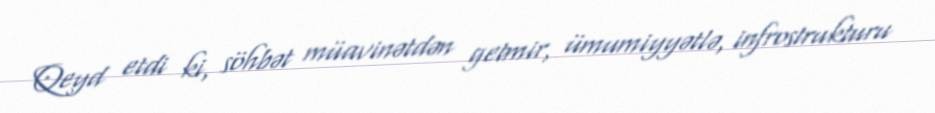
Qeyd etdi ki, söhbət müavinətdən getmir, ümumiyyətlə, infrostrukturu